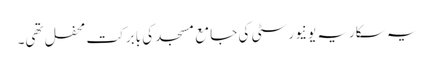
یہ سکاریہ یونیورسٹی کی جامع مسجد کی بابرکت محفل تھی۔